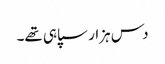
دس ہزار سپاہی تھے۔